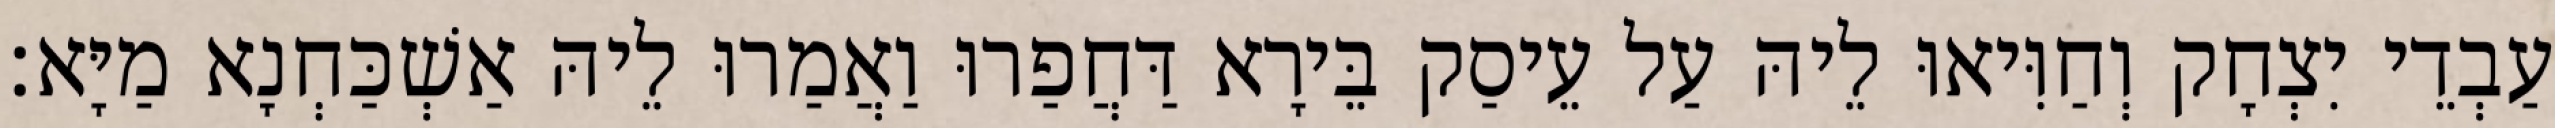
עַבְדֵי יִצְחָק וְחַוִּיאוּ לֵיהּ עַל עֵיסַק בֵּירָא דַּחֲפַרוּ וַאֲמַרוּ לֵיהּ אַשְׁכַּחְנָא מַיָּא׃